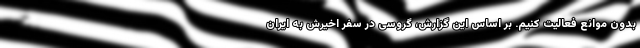
بدون موانع فعالیت کنیم. بر اساس این گزارش، گروسی در سفر اخیرش به ایران